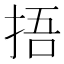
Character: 捂